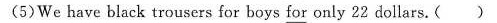
(5)We have black trousers for boys for only 22 dollars.( )